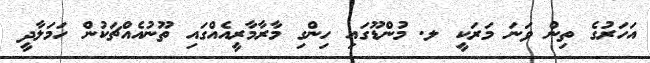
އަހަރުގެ ތިން ވަނަ މަރަކީ ލ. މުންޑޫގައި ހިންގި މާރާމާރީއެއްގައި ތޫނުއެއްޗަކުން ހަމަލާދީ